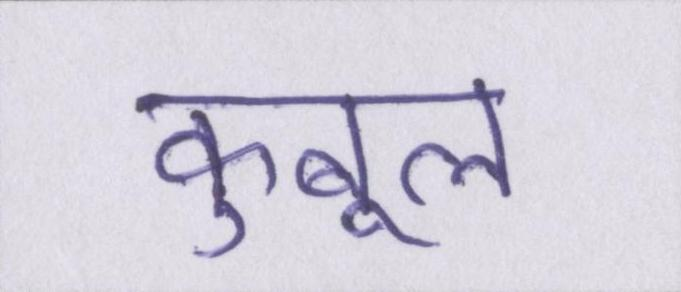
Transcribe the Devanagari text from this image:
कुबूल